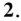
2.